Report of the Bombay Veterinary College
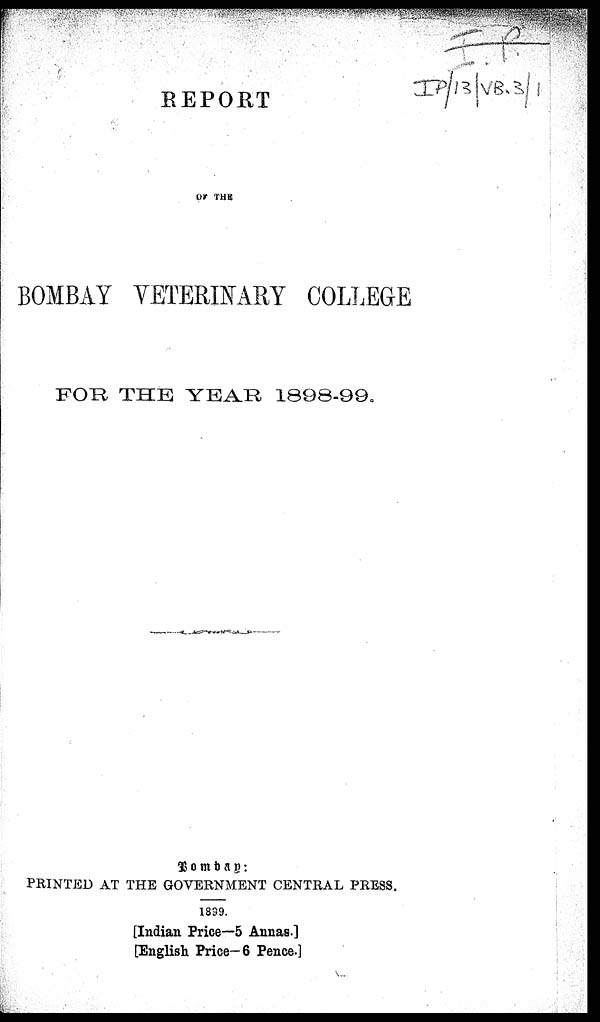
REPORT
OF THE
BOMBAY VETERINARY COLLEGE
FOR THE YEAR 1898-99.
Bombay :
PRINTED AT THE GOVERNMENT CENTRAL PRESS.
1899.
[Indian Price—5 Annas.]
[English Price—6 Pence.]